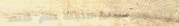
صيدلية النجمة تقدم خدمات